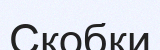
Скобки